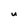
Character: U